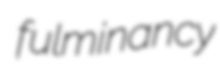
fulminancy